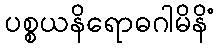
ပစ္စယနိရောဓဂါမိနိံ